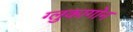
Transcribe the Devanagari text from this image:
ग्लुकागोन